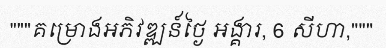
"""គម្រោងអភិវឌ្ឍន៍ថ្ងៃ អង្គារ, 6 សីហា,"""